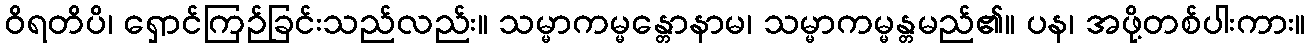
ဝိရတိပိ၊ ရှောင်ကြဉ်ခြင်းသည်လည်း။ သမ္မာကမ္မန္တောနာမ၊ သမ္မာကမ္မန္တမည်၏။ ပန၊ အဖို့တစ်ပါးကား။